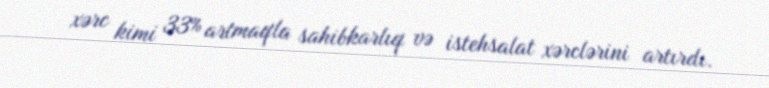
xərc kimi 33% artmaqla sahibkarlıq və istehsalat xərclərini artırdı.